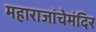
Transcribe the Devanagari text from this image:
महाराजांचेमंदिर